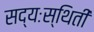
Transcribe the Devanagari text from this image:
सद्यःस्थिती